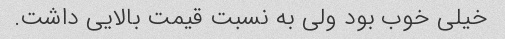
خیلی خوب بود ولی به نسبت قیمت بالایی داشت.